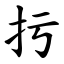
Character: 扝